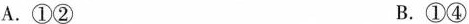
A.①② B.①④